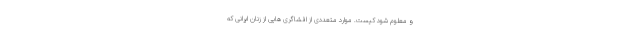
و معلوم شود کیست. موارد متعددی از افشاگری هایی از زنان ایرانی که